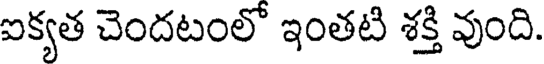
ఐక్యత చెందటంలో ఇంతటి శక్తి వుంది.